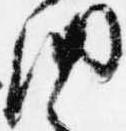
納